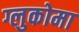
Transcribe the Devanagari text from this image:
ग्लुकोमा